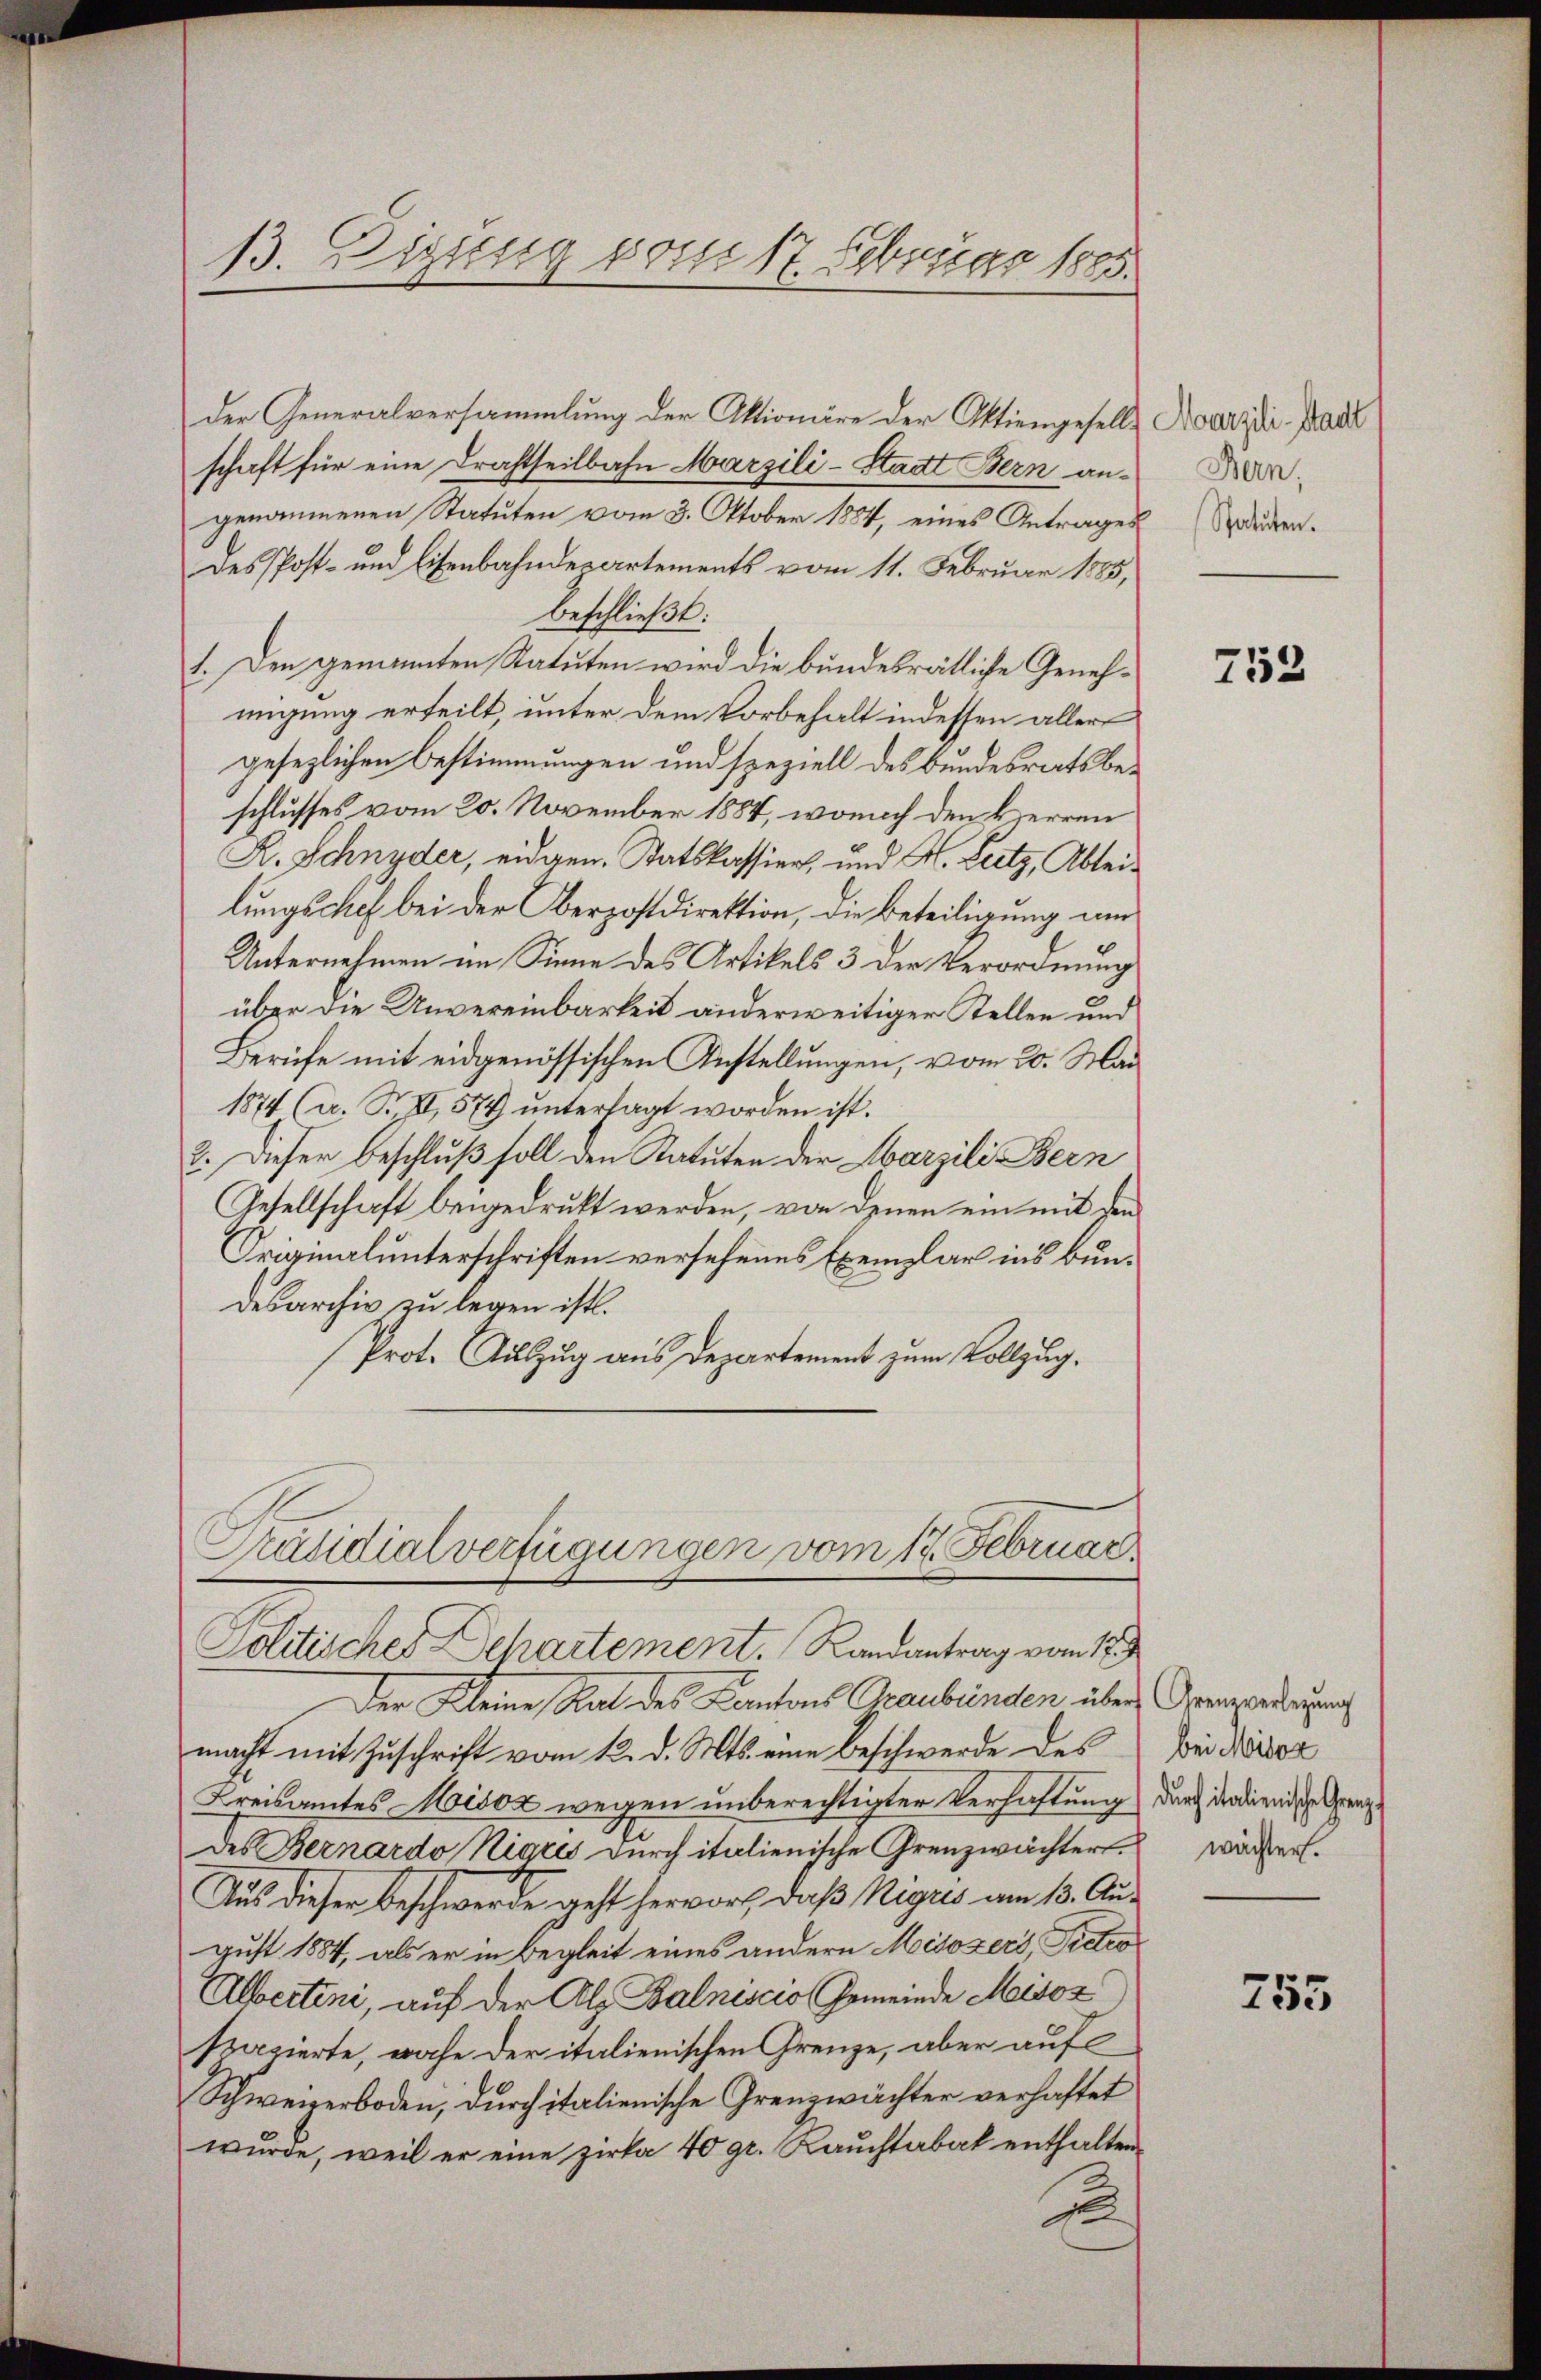
13. Digung vom 17. Februar 1885.

der Generalversammlung der Aktionäre der Aktiengesellschaft für eine Drahtheilbahn Marzili-Stadt Bern angenommenen Statuten vom 3. Oktober 1884, eines Antrages
des Post- und Eisenbahndepartements vom 11. Februar 1885,
beschließt:
1. Den genannten Statuten wird die bundesrätliche Genehmigung erteilt, unter dem Vorbehalt indessen aller
gesezlichen Bestimmungen und speziell des Bundesrats beschlusses vom 20. November 1884, wonach den Herren
R. Schnyder, eidgen. Satskassiert, und H. Leitz, Ableilungschef bei der Oberpostdirektion, die Beteiligung um
Unternehmen im Sinne des Artikels 3 der Verordnung
über die Unvereinbarkeit anderweitiger Stellen und
Berufe mit eidgenössischen Anstellungen, vom 20. Mai
1874 (a. S. XI, 574 untersagt worden ist.
8. Dieser Beschluß soll den Statuten der Marzili Bern
Gesellschaft beigedrukt werden, von denen ein mit den
Originalunterschriften versehenes Exemplar ins Bundesarchiv zu legen ist.
Prot. Auszug aus Departement zum Vollzug.
Präsidialverfügungen vom 17. Februar
Politisches Departement. Randantrag vom 12.
Der Kleine Rat des Cantons Graubünden über Gemperdingung
macht mit Zuschrift vom 12. d. Mts. eine Beschwerde des
Kreisamtes Misox wegen unberechtigter Verhaftung durch draienische Grenzdes Bernardo Nigris durch italienische Grenzwächter wären.
Aus dieser Beschwerde geht hervort, daß Rigris am 13. August 1884, als er in Begleit eines andern Misozers, Pietro
Alberteni, auf der Alp Balniscio Gemeinde Misox)
spazierte, wache der italienischen Grenze, aber auf
Schweizerboden, durch italienische Grenzwächter verhaftet
wurde, weil er eine zirka 40 gr. Rauchtabak enthalten.
2

Marzili-Stadt
Bern,
Statuten.

752

bei Misox

755